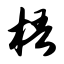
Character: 梧